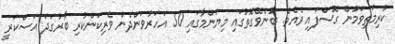
ކުރިމަތިވަމުން ގޮސްފައި ވެއެވެ. ބުނެވޭގޮތުގައި މިޔަންމާގައި 50 އަހަރުވަންދެން ވެރިކަންކުރި ބާރުގަދަ އަސްކަރީ